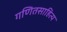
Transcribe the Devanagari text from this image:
गणितसाहित्य